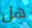
هل